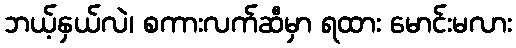
ဘယ့်နှယ်လဲ၊ စကားလက်ဆီမှာ ရထား မောင်းမလား